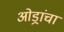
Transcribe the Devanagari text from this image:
ओड्रांचा